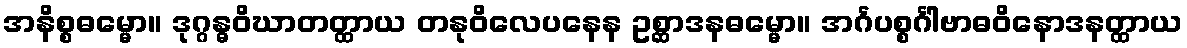
အနိစ္စဓမ္မော။ ဒုဂ္ဂန္ဓဝိဃာတတ္ထာယ တနုဝိလေပနေန ဥစ္ဆာဒနဓမ္မော။ အင်္ဂပစ္စင်္ဂါဗာဓဝိနောဒနတ္ထာယ